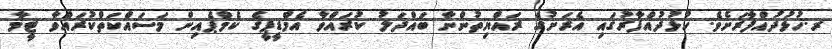
ރ.ހުޅުދުއްފާރަށެވެ. ހުޅުދުއްފާރުގައި އެރަށުގެ ރައްޔިތުންނާ ބައްދަލު ކުރައްވާ އެމްޑީޕީގެ ކެމްޕެއިން މަސައްކަތްކުރައްވާ ޓީމާ